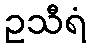
ဥသီရံ